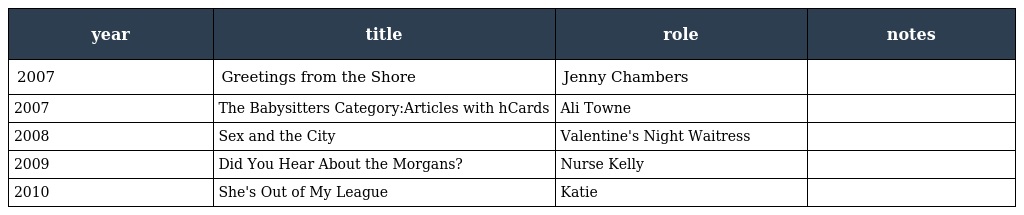
| year | title | role | notes |
 | --- | --- | --- | --- |
 | 2007 | Greetings from the Shore | Jenny Chambers |  |
 | 2007 | The Babysitters Category:Articles with hCards | Ali Towne |  |
 | 2008 | Sex and the City | Valentine's Night Waitress |  |
 | 2009 | Did You Hear About the Morgans? | Nurse Kelly |  |
 | 2010 | She's Out of My League | Katie |  |